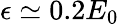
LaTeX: \epsilon\simeq 0.2E_{0}